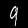
Digit: 9